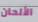
الألحان